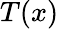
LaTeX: T(x)